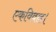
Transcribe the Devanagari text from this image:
एकविवाह।